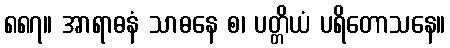
၈၈၇။ အာရာဓနံ သာဓနေ စ၊ ပတ္တိယံ ပရိတောသနေ။